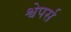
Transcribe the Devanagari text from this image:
श्वेपर्स